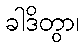
ခါဒိတွာ၊